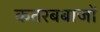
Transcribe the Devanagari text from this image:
कतरबबाजों